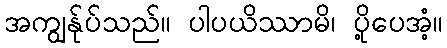
အကျွန်ုပ်သည်။ ပါပယိဿာမိ၊ ပို့ပေအံ့။